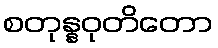
စတုန္နဝုတိတော